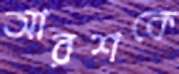
আরশকে